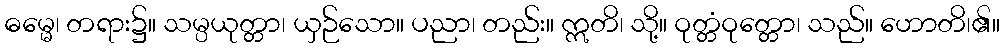
ဓမ္မေ၊ တရား၌။ သမ္ပယုတ္တာ၊ ယှဉ်သော။ ပညာ၊ တည်း။ ဣတိ၊ သို့။ ဝုတ္တံဝုတ္တော၊ သည်။ ဟောတိ၊၏။